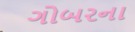
ગોબરના